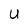
Character: U